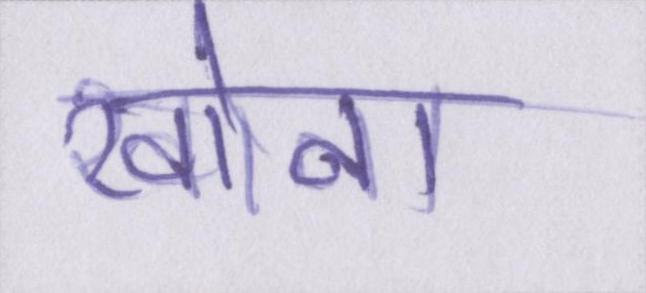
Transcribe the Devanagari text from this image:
खोना